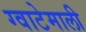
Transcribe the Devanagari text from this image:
ग्वाटेमाली